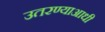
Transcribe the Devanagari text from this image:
उतरण्याआधी